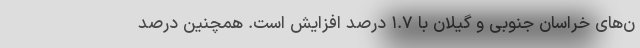
ن­­‌های­ خراسان جنوبی و گیلان با ۱.۷ درصد افزایش است. همچنین درصد